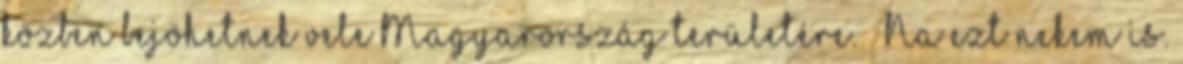
közben bejöhetnek vele Magyarország területére.” „Na ezt nekem is.